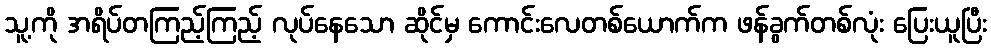
သူ့ကို အရိပ်တကြည့်ကြည့် လုပ်နေသော ဆိုင်မှ ကောင်းလေတစ်ယောက်က ဖန်ခွက်တစ်လုံး ပြေးယူပြီး